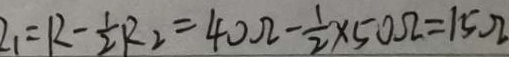
I _ { 1 } = R - \frac { 1 } { 2 } R _ { 2 } = 4 0 \Omega - \frac { 1 } { 2 } \times 5 0 \Omega = 1 5 \Omega